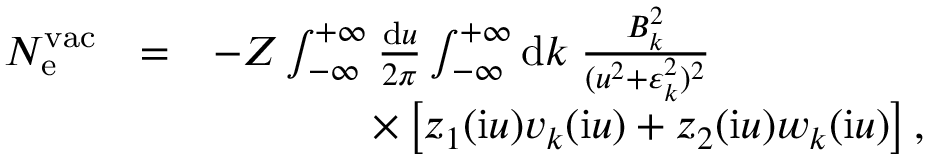
\begin{array} { r l r } { N _ { \mathrm { e } } ^ { \mathrm { v a c } } } & { = } & { - Z \int _ { - \infty } ^ { + \infty } \frac { \ensuremath { \mathrm { d } } u } { 2 \pi } \int _ { - \infty } ^ { + \infty } \ensuremath { \mathrm { d } } k \; \frac { B _ { k } ^ { 2 } } { ( u ^ { 2 } + \varepsilon _ { k } ^ { 2 } ) ^ { 2 } } \phantom { x x x x x x x x x } } \\ & { } & { \; \; \; \; \; \; \; \; \; \times \left[ z _ { 1 } ( \ensuremath { \mathrm { i } } u ) v _ { k } ( \ensuremath { \mathrm { i } } u ) + z _ { 2 } ( \ensuremath { \mathrm { i } } u ) w _ { k } ( \ensuremath { \mathrm { i } } u ) \right] , } \end{array}